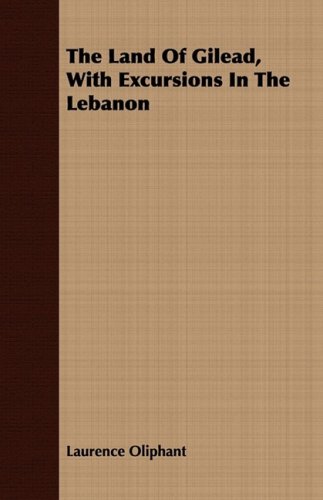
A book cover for The Land Of Gilead, With Excursions In The Lebanon; Laurence Oliphant; Travel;